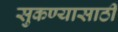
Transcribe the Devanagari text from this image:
सुकण्यासाठी